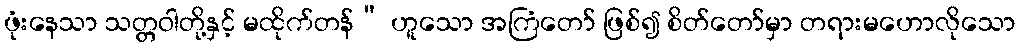
ဖုံးနေသာ သတ္တဝါတို့နှင့် မထိုက်တန်” ဟူသော အကြံတော် ဖြစ်၍ စိတ်တော်မှာ တရားမဟောလိုသော